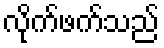
လိုက်ဖက်သည်